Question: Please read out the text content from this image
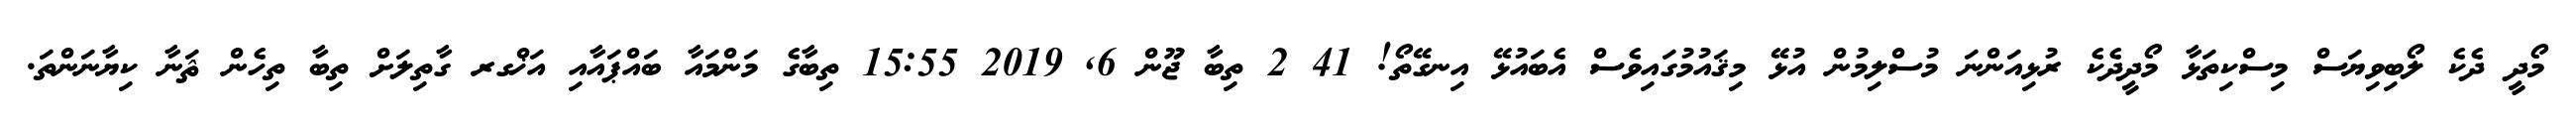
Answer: މޯދީ ދެކެ ލޯބިވިޔަސް މިސްކިތަޅާ މޯދީދެކެ ރުޅިއަންނަ މުސްލިމުން އުޅޭ މިޤައުމުގައިވެސް އެބައުޅޭ އިނގޭތޯ! 41 2 ތިބާ ޖޫން 6, 2019 15:55 ތިބާގެ މަންމައާ ބައްޕައާއި އަޚްގރ ގާތިލަށް ތިބާ ތިހެން ޘަނާ ކިޔާނަންތަ.